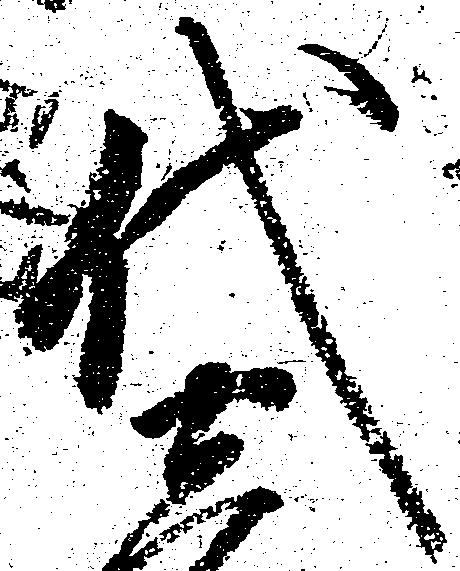
代